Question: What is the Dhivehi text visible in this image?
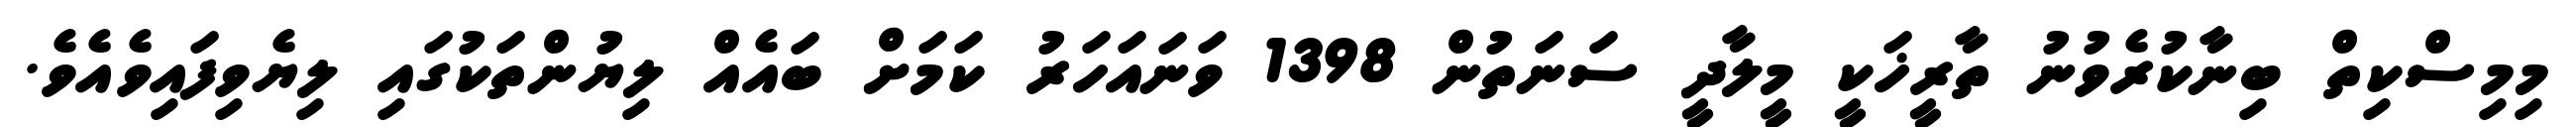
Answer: މިމިސްކިތް ބިނާކުރެވުނު ތާރީޚަކީ މީލާދީ ސަނަތުން 1398 ވަނައަހަރު ކަމަށް ބައެއް ލިޔުންތަކުގައި ލިޔެވިފައިވެއެވެ.